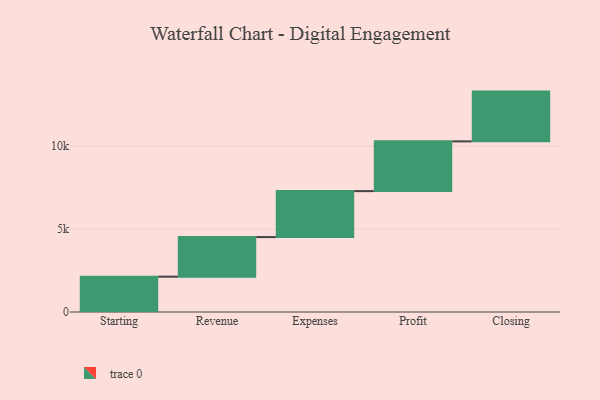
{"axis": {"x": "Step", "y": "Value"}, "legend": [""], "data": [{"x": "Starting", "y": 2129.0, "type": ""}, {"x": "Revenue", "y": 2387.0, "type": ""}, {"x": "Expenses", "y": 2770.0, "type": ""}, {"x": "Profit", "y": 2999.0, "type": ""}, {"x": "Closing", "y": 3000, "type": ""}]}